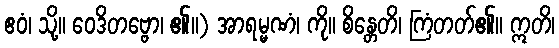
ဧဝံ၊ သို့။ ဝေဒိတဗ္ဗော၊ ၏။) အာရမ္မဏံ၊ ကို။ စိန္တေတိ၊ ကြံတတ်၏။ ဣတိ၊